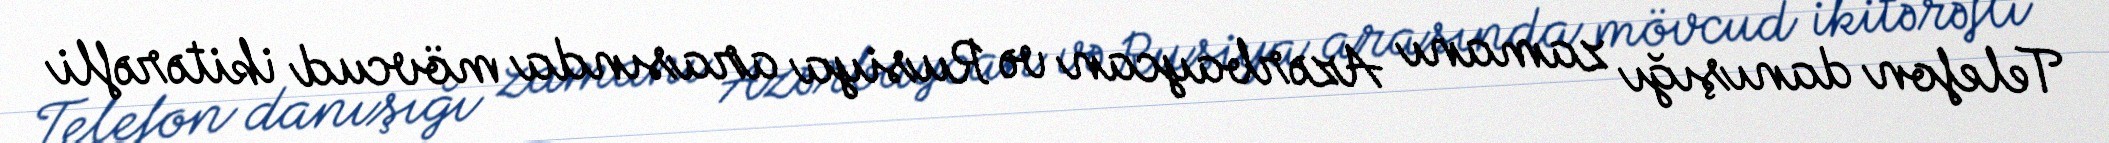
Telefon danışığı zamanı Azərbaycan və Rusiya arasında mövcud ikitərəfli